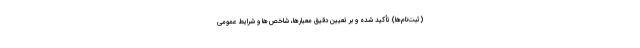
(ثبت‌نام‌ها) تأکید شده و بر تعیین دقیق معیارها، شاخص‌ها و شرایط عمومی